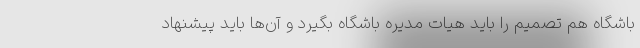
باشگاه هم تصمیم را باید هیات مدیره باشگاه بگیرد و آن‌ها باید پیشنهاد